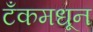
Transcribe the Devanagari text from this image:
टँकमधून